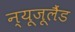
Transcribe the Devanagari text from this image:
न्यूजूलैंड